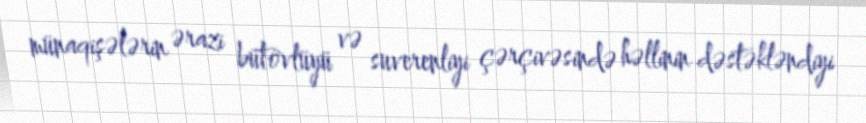
münaqişələrin ərazi bütövlüyü və suverenliyi çərçivəsində həllinin dəstəkləndiyi